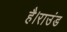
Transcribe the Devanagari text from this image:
है।राउंड